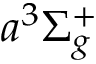
a ^ { 3 } \Sigma _ { g } ^ { + }